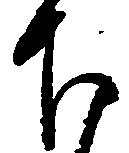
下